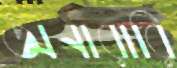
অনারারি